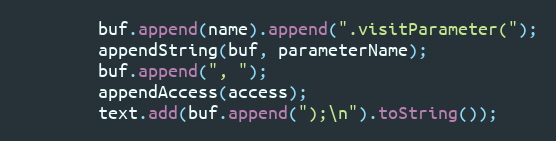
Language: Java
        buf.append(name).append(".visitParameter(");
        appendString(buf, parameterName);
        buf.append(", ");
        appendAccess(access);
        text.add(buf.append(");\n").toString());